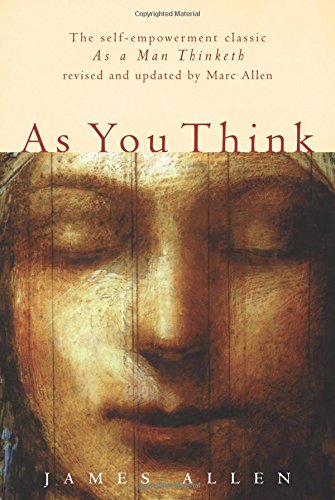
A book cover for As You Think: Second Edition; James Allen; Health, Fitness & Dieting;